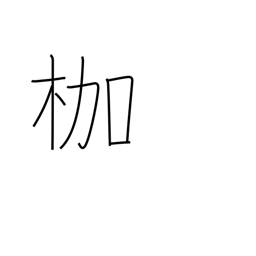
Meaning: bonds